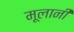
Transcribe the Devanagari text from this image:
मूलानी